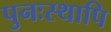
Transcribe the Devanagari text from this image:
पुनःस्थापि